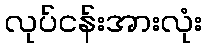
လုပ်ငန်းအားလုံး